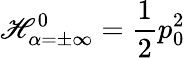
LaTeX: {\cal\mathscr{H}}_{\alpha=\pm\infty}^{0}={\frac{{1}}{{2}}}p_{0}^{2}